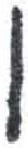
אות: ו